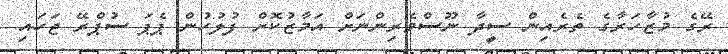
ރޭގެ މުޒާހަރާގެ ތެރެއިން ސީދާ ނޫސްވެރިންނަށް އަމާޒުކޮށް ފުލުހުން ޕެޕަ ސުޕްރޭ ޖަހައި